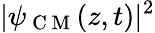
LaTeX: |\psi_{\mathrm{~C~M~}}(z,t)|^{2}